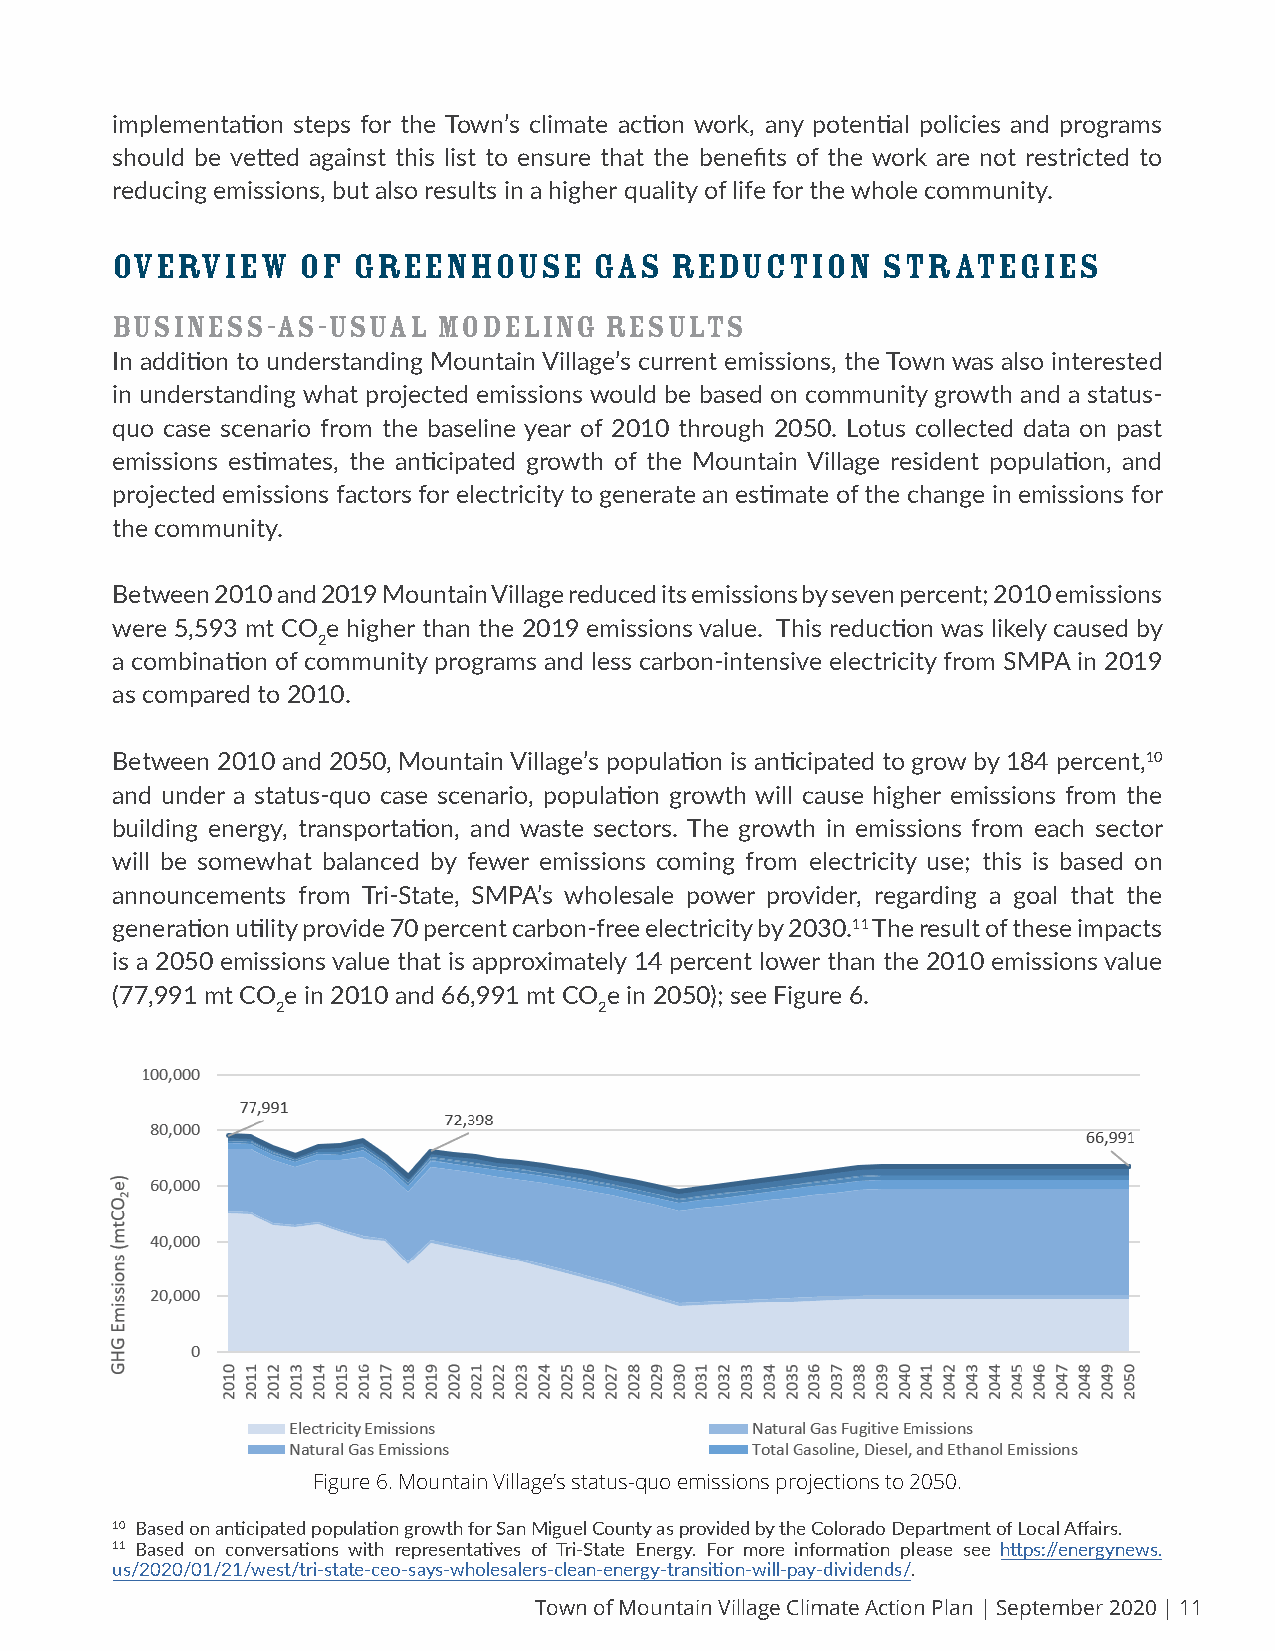
implementation steps for the Town’s climate action work, any potential policies and programs
 should be vetted against this list to ensure that the benefits of the work are not restricted to
 reducing emissions, but also results in a higher quality of life for the whole community.
 OVERVIEW     OF GREENHOUSE      GAS  REDUCTION     STRATEGIES
 Business-as-Usual     Modeling   Results
 In addition to understanding Mountain Village’s current emissions, the Town was also interested
 in understanding what projected emissions would be based on community growth and a status-
 quo case scenario from the baseline year of 2010 through 2050. Lotus collected data on past
 emissions estimates, the anticipated growth of the Mountain Village resident population, and
 projected emissions factors for electricity to generate an estimate of the change in emissions for
 the community.
 Between 2010 and 2019 Mountain Village reduced its emissions by seven percent; 2010 emissions
 were 5,593 mt CO e higher than the 2019 emissions value. This reduction was likely caused by
 2
 a combination of community programs and less carbon-intensive electricity from SMPA in 2019
 as compared to 2010.
 Between 2010 and 2050, Mountain Village’s population is anticipated to grow by 184 percent,10
 and under a status-quo case scenario, population growth will cause higher emissions from the
 building energy, transportation, and waste sectors. The growth in emissions from each sector
 will be somewhat balanced by fewer emissions coming from electricity use; this is based on
 announcements from Tri-State, SMPA’s wholesale power provider, regarding a goal that the
 generation utility provide 70 percent carbon-free electricity by 2030.11 The result of these impacts
 is a 2050 emissions value that is approximately 14 percent lower than the 2010 emissions value
 (77,991 mt CO e in 2010 and 66,991 mt CO e in 2050); see Figure 6.
 2                     2
 Figure 6. Mountain Village’s status-quo emissions projections to 2050.
 10 Based on anticipated population growth for San Miguel County as provided by the Colorado Department of Local Affairs.
 11 Based on conversations with representatives of Tri-State Energy. For more information please see https://energynews.
 us/2020/01/21/west/tri-state-ceo-says-wholesalers-clean-energy-transition-will-pay-dividends/.
 Town of Mountain Village Climate Action Plan | September 2020 | 11